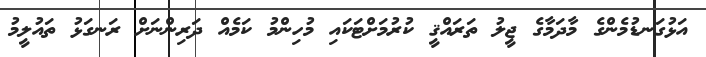
އަޅުގަނޑުމެންގެ މާދަމާގެ ޖީލު ތަރައްޤީ ކުރުމަށްޓަކައި މުހިންމު ކަމެއް ދަރިންނަށް ރަނގަޅު ތައުލީމު